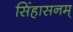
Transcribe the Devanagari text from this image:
सिंहासनम्